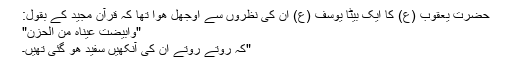
حضرت یعقوب (ع) کا ایک بیٹا یوسف (ع) ان کی نظروں سے اوجھل ھوا تھا کہ قرآن مجید کے بقول:
"وابیضت عیناہ من الحزن"
"کہ روتے روتے ان کی آنکھیں سفید ھو گئی تھیں۔